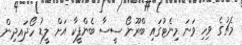
މެޗުގެ ވިހި ވަނަ މިނެޓުގައި ބްރޫނޯ ސީސާ ބެންފީކާ އަށް ލީޑު ހޯދައިދިން